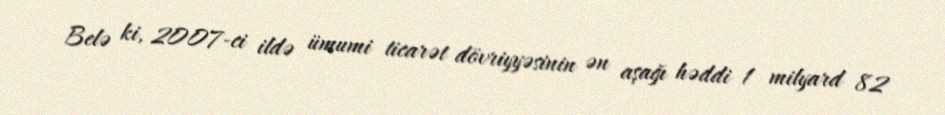
Belə ki, 2007-ci ildə ümumi ticarət dövriyyəsinin ən aşağı həddi 1 milyard 82